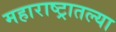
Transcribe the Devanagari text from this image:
महाराष्‍ट्रातल्या